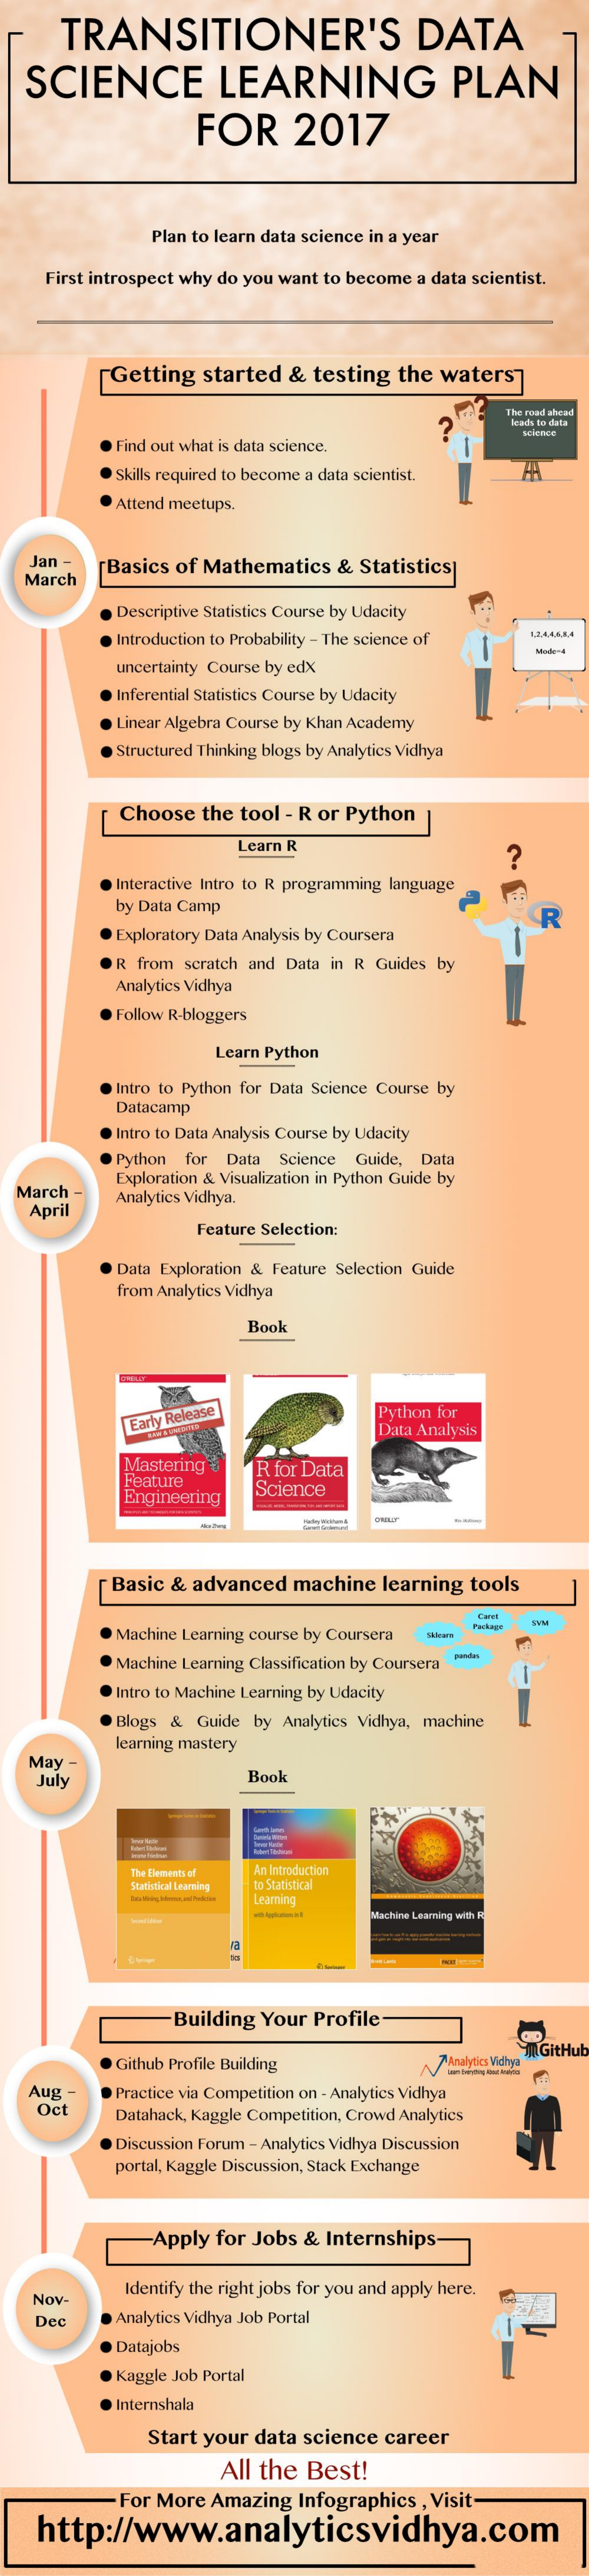
TRANSITIONER'S    DATA
   SCIENCE    LEARNING    PLAN
     FOR    2017
     Plan to learn data science in a year
     First introspect why do you want to become a data scientist.
     Getting  started  & testing  the waters
     The road ahead
     leads to data
     find out what is data science.
     Skills required to become a data scientist.
     Attend meetups.
   Jan -
   March
     Basics of Mathematics &  Statistics]
     Descriptive Statistics Course by Udacity
     introduction to Probability - The science of 1244684
     Made-4
     uncertainty Course by edX
     nferential Statistics Course by Udacity
     Linear Algebra Course by Khan Academy
     Structured Thinking blogs by Analytics Vidhya
     Choose  the tool - R or Python
     Learn R
     Interactive Intro to R programming language
     by Data Camp
     Exploratory Data Analysis by Coursera
     R
     R from scratch and Data in R Guides by
     Analytics Vidhya
     Follow R-bloggers
     Learn Python
     Intro to Python for Data Science Course by
     Datacamp
     ntro to Data Analysis Course by Udacity
     Python for Data Science Guide, Data
  March -
     Exploration & Visualization in Python Guide by
    April
     Analytics Vidhya.
     Feature Selection:
     Data Exploration & Feature Selection Guide
     from Analytics Vidhya
     Book
     Python for
     Early Release
     Data Analysis
     Mastering
     Feature
     R for Data
     Engineering  Science
     -
     Basic & advanced  machine  learning tools
     Cari
     Machine Learning course by Coursera
     Package
     -
     Machine Learning Classification by Coursera
     pandas
     Intro to Machine Learning by Udacity
     Blogs & Guide by Analytics Vidhya, machine
     learning mastery
   May
    July    Book
     The Elements af An Introduction
     Statistical Learning to Statistical
     Learning
     Machine Laaming with I
     Building Your Profile
     Github Profile Building    Analytics Vidhya
     m GitHub
   Aug -    Practice via Competition on - Analytics Vidhya
    Oct    Datahack, Kaggle Competition, Crowd Analytics
     Discussion Forum - Analytics Vidhya Discussion
     portal, Kaggle Discussion, Stack Exchange
     Apply for Jobs & Internships-
     Identify the right jobs for you and apply here.
    Nov-
    Dec    Analytics Vidhya Job Portal
     Datajobs
     Kaggle Job Portal
     Internshala
     Start your data science career
     All the Best!
     - For More Amazing Infographics , Visit
    http://www.analyticsvidhya.com